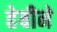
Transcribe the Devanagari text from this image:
हेबीने